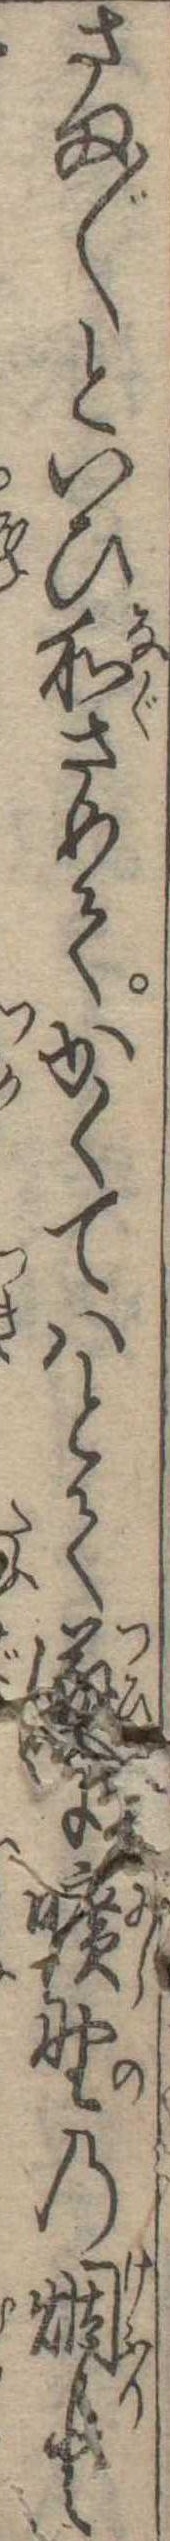
さま〱といひ和さめてかくてはとてに曠野の煙と